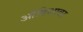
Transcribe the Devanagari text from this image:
ओडिशावर